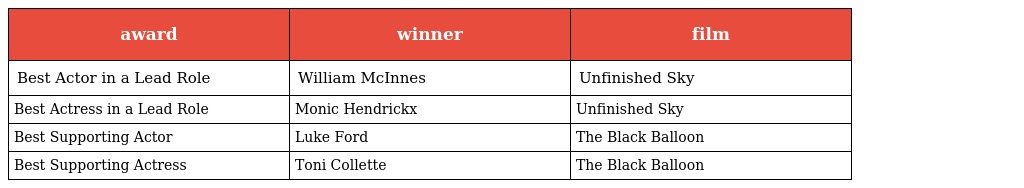
| award | winner | film |
 | --- | --- | --- |
 | Best Actor in a Lead Role | William McInnes | Unfinished Sky |
 | Best Actress in a Lead Role | Monic Hendrickx | Unfinished Sky |
 | Best Supporting Actor | Luke Ford | The Black Balloon |
 | Best Supporting Actress | Toni Collette | The Black Balloon |